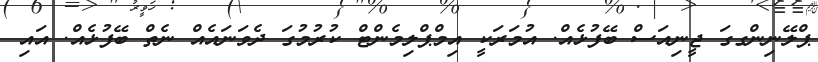
ޕްލޭނިންގގަ ޖީނިއަސް ބޭފުޅެއް. އުމަރަކީ އިމްޕްލިމެންޓް ކުރުމުގަ ދެވަނައެއް ނެތް ބޭފުޅެއް. އައި